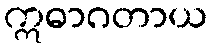
ဣဓာဂတာယ